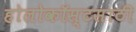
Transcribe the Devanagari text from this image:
होलोकॉस्टसाठी